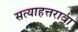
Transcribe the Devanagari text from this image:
सत्याहत्तरावा